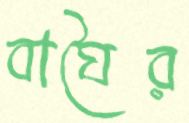
বাঘৈর